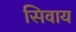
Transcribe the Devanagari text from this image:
सिवाय